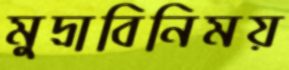
মুদ্রাবিনিময়